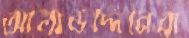
আলাউদ্দিনেরা